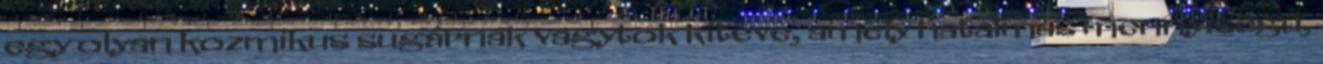
egy olyan kozmikus sugárnak vagytok kitéve, amely hatalmas mennyiségű,